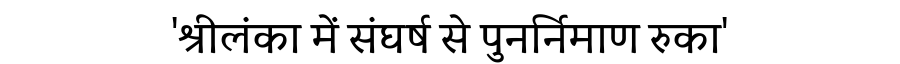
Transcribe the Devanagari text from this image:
'श्रीलंका में संघर्ष से पुनर्निमाण रुका'